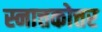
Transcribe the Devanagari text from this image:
स्नात्तकोत्तर